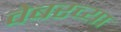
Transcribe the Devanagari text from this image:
वेबरच्या